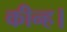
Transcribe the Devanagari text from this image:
कीन्ह।